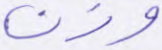
وزن